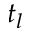
t _ { l }